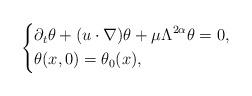
LaTeX: \begin{align*}\left\{\aligned&\partial_{t}\theta+(u \cdot \nabla)\theta+\mu\Lambda^{2\alpha}\theta=0, \\&\theta(x, 0)=\theta_{0}(x),\endaligned\right.\end{align*}